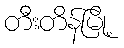
တီးတိန်မြို့